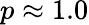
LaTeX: p\approx 1.0